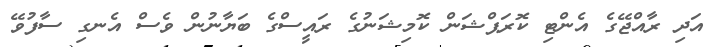
އަދި ރާއްޖޭގެ އެންޓި ކޮރަޕްޝަން ކޮމިޝަނުގެ ރައީސްގެ ބަޔާނުން ވެސް އެނގި ސާފުވޭ